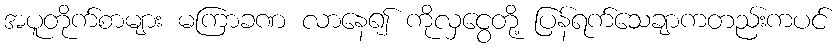
အပူတိုက်စာများ မကြာခဏ လာနေ၍ ကိုလှငွေတို့ ပြန်ရက်သေချာကတည်းကပင်